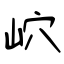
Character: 岤